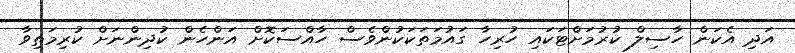
އަދި އެކަން ހާސިލް ކުރުމަށްޓަކައި ހުރިހާ ގައުމަތަކަކުންވެސް ހާއްސަކޮށް އަންހެން ކުދިންނަށް ކުރިމަތިވާ